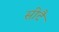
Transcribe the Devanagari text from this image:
सीटै